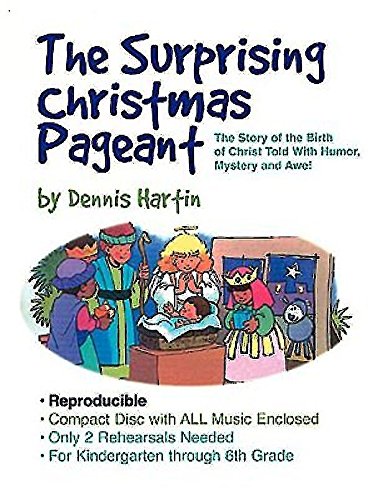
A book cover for The Surprising Christmas Pageant; Dennis Hartin; Christian Books & Bibles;